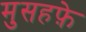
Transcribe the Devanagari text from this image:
मुसहफ़े